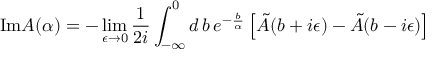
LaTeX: \mathrm { I m } A ( \alpha ) = - \operatorname * { l i m } _ { \epsilon \rightarrow 0 } \frac { 1 } { 2 i } \int _ { - \infty } ^ { 0 } d \, b \, e ^ { - \frac { b } { \alpha } } \left[ \tilde { A } ( b + i \epsilon ) - \tilde { A } ( b - i \epsilon ) \right]